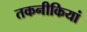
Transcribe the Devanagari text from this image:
तकनीकियां